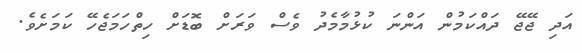
އަދި ޖޭޖޭ ދައްކަމުން އަންނަ ކުޅުމާމެދު ވެސް ވަރަށް ބޮޑަށް ހިތްހަމަޖެހޭ ކަމަށެވެ.